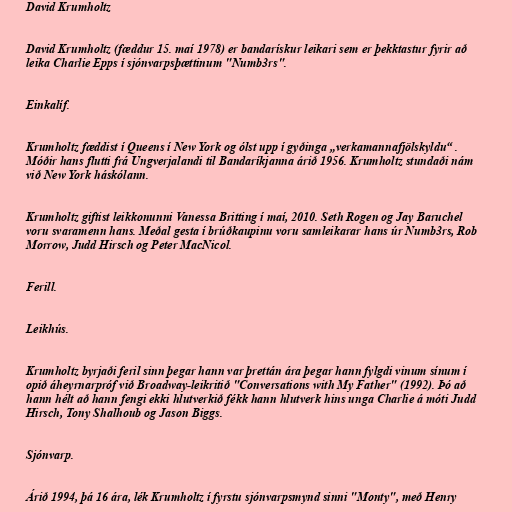
David Krumholtz

David Krumholtz (fæddur 15. maí 1978) er bandarískur leikari sem er þekktastur fyrir að
leika Charlie Epps í sjónvarpsþættinum "Numb3rs".

Einkalíf.

Krumholtz fæddist í Queens í New York og ólst upp í gyðinga „verkamannafjölskyldu“ .
Móðir hans flutti frá Ungverjalandi til Bandaríkjanna árið 1956. Krumholtz stundaði nám
við New York háskólann.

Krumholtz giftist leikkonunni Vanessa Britting í maí, 2010. Seth Rogen og Jay Baruchel
voru svaramenn hans. Meðal gesta í brúðkaupinu voru samleikarar hans úr Numb3rs, Rob
Morrow, Judd Hirsch og Peter MacNicol.

Ferill.

Leikhús.

Krumholtz byrjaði feril sinn þegar hann var þrettán ára þegar hann fylgdi vinum sínum í
opið áheyrnarpróf við Broadway-leikritið "Conversations with My Father" (1992). Þó að
hann hélt að hann fengi ekki hlutverkið fékk hann hlutverk hins unga Charlie á móti Judd
Hirsch, Tony Shalhoub og Jason Biggs.

Sjónvarp.

Árið 1994, þá 16 ára, lék Krumholtz í fyrstu sjónvarpsmynd sinni "Monty", með Henry